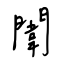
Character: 闈